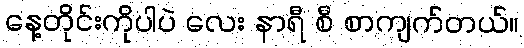
နေ့တိုင်းကိုပါပဲ လေး နာရီ စီ စာကျက်တယ်။